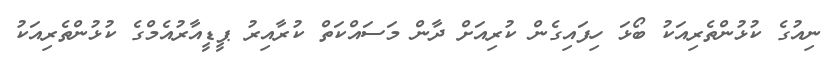
ނިއުގެ ކުޅުންތެރިއަކު ބޯޅަ ހިފައިގެން ކުރިއަށް ދާން މަސައްކަތް ކުރާއިރު ޕީޑީއާރުއެމްގެ ކުޅުންތެރިއަކު